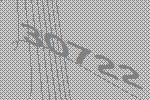
30722